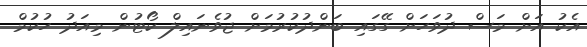
އެކު އަށް މަސް ދުވަހަށް ގޭގައި ބަންދުކުރުމަށް ޖުވެނައިލް ކޯޓުން މިއަދު ހުކުމް